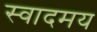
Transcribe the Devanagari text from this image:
स्वादमय